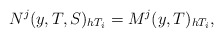
\begin{align*} N^j(y,T,S)_{h T_i} = M^j(y,T)_{h T_i},\end{align*}